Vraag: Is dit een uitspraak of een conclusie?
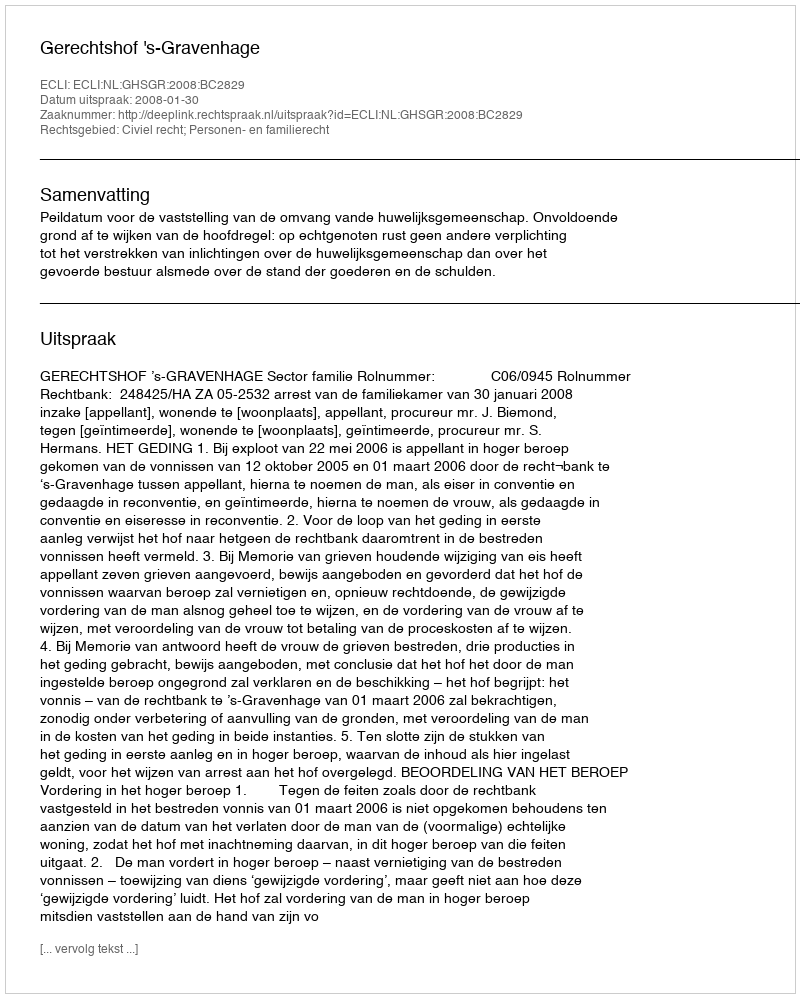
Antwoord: Uitspraak